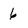
Character: 6